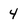
Character: 4